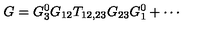
G = G _ { 3 } ^ { 0 } G _ { 1 2 } T _ { 1 2 , 2 3 } G _ { 2 3 } G _ { 1 } ^ { 0 } + \cdots